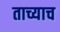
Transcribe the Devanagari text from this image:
ताच्याच